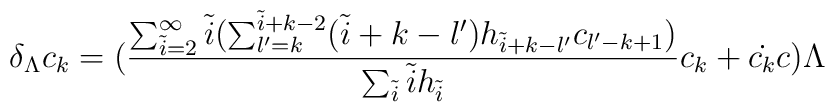
\delta_{\Lambda}c_{k}=(\frac{\sum_{\tilde{i}=2}^{\infty}\tilde{i}(\sum_{l'=k}^{\tilde{i} +k-2} (\tilde{i} +k- l')h_{\tilde{i}+k- l'}c_{l' -k+1})}{\sum_{\tilde{i}} \tilde{i} h_{\tilde{i}}}c_{k}+\dot{c_{k}} c)\Lambda